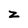
Character: z